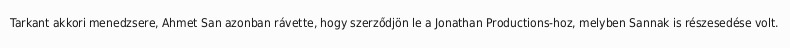
Tarkant akkori menedzsere, Ahmet San azonban rávette, hogy szerződjön le a Jonathan Productions-hoz, melyben Sannak is részesedése volt.